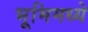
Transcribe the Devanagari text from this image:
भूमिमध्ये